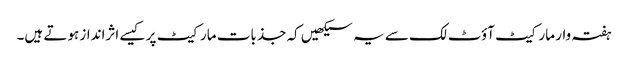
ہفتہ وار مارکیٹ آؤٹ لک سے یہ سیکھیں کہ جذبات مارکیٹ پر کیسے اثرانداز ہوتے ہیں۔